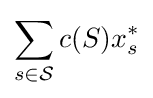
\sum _{s\in {\mathcal {S}}}c(S)x_{s}^{*}